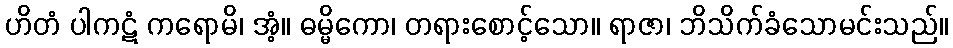
ဟိတံ ပါကဋံ ကရောမိ၊ အံ့။ ဓမ္မိကော၊ တရားစောင့်သော။ ရာဇာ၊ ဘိသိက်ခံသောမင်းသည်။